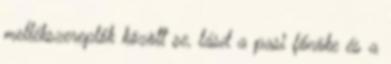
mellékszereplők között se, lásd a pasi főnöke és a